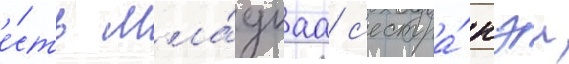
е́сть мла́дшаа с'естра́ кэи